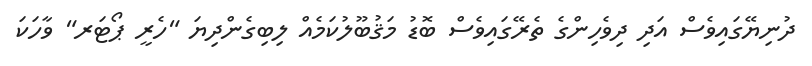
ދުނިޔޭގައިވެސް އަދި ދިވެހިންގެ ތެރޭގައިވެސް ބޮޑު މަޤުބޫލުކަމެއް ލިބިގެންދިޔަ "ހެރީ ޕޯޓަރ" ވާހަކަ